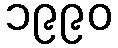
၁၉၉၀